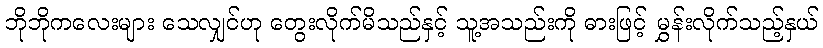
ဘိုဘိုကလေးများ သေလျှင်ဟု တွေးလိုက်မိသည်နှင့် သူ့အသည်းကို ဓားဖြင့် မွှန်းလိုက်သည့်နှယ်